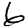
Digit: 6